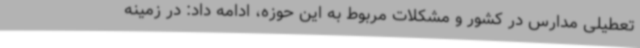
تعطیلی مدارس در کشور و مشکلات مربوط به این حوزه، ادامه داد: در زمینه